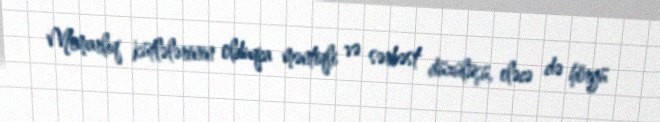
Memarlıq kütlələrinin olduqca məntiqli və sərbəst düzülüşü, eləcə də hörgü